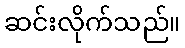
ဆင်းလိုက်သည်။